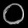
Digit: ၀